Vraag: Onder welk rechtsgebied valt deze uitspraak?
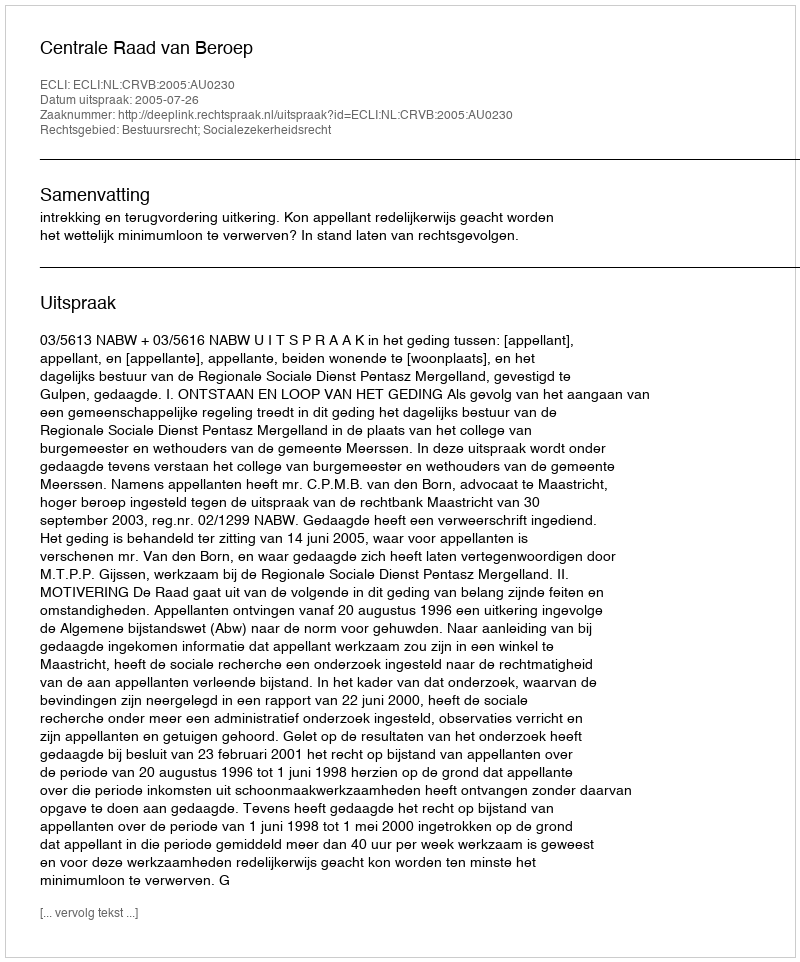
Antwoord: Bestuursrecht; Socialezekerheidsrecht